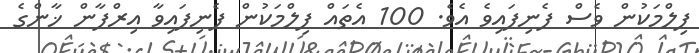
ފިލްމަކުން ވެސް ފެނިފައިވެ އެވެ. 100 އެތައް ފިލްމަކުން ފެނިފައިވާ އިރްފާން ޚާންގެ